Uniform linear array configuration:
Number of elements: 4
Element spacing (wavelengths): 1
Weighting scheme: kaiser
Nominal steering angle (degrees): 60
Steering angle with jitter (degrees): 58.249
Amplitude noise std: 0.05
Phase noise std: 0.05

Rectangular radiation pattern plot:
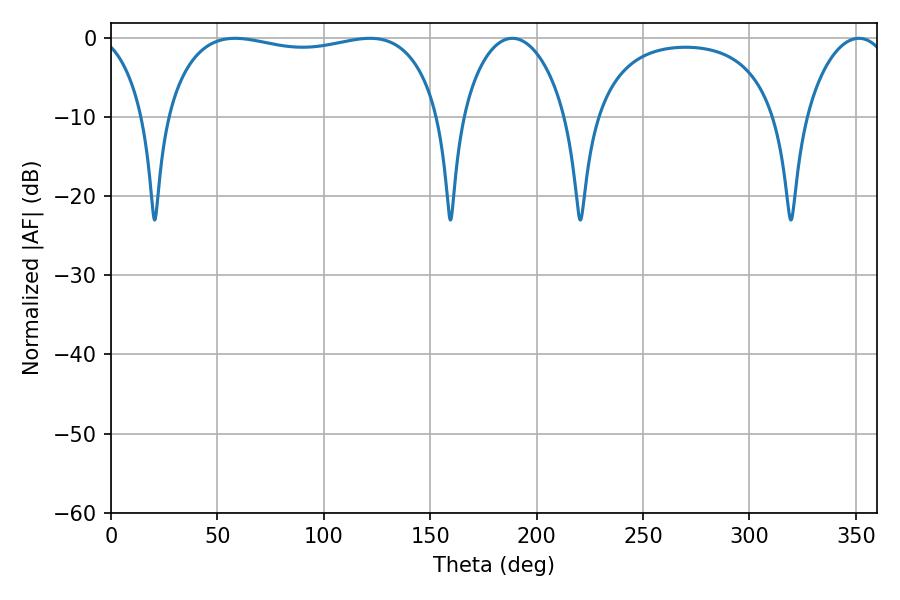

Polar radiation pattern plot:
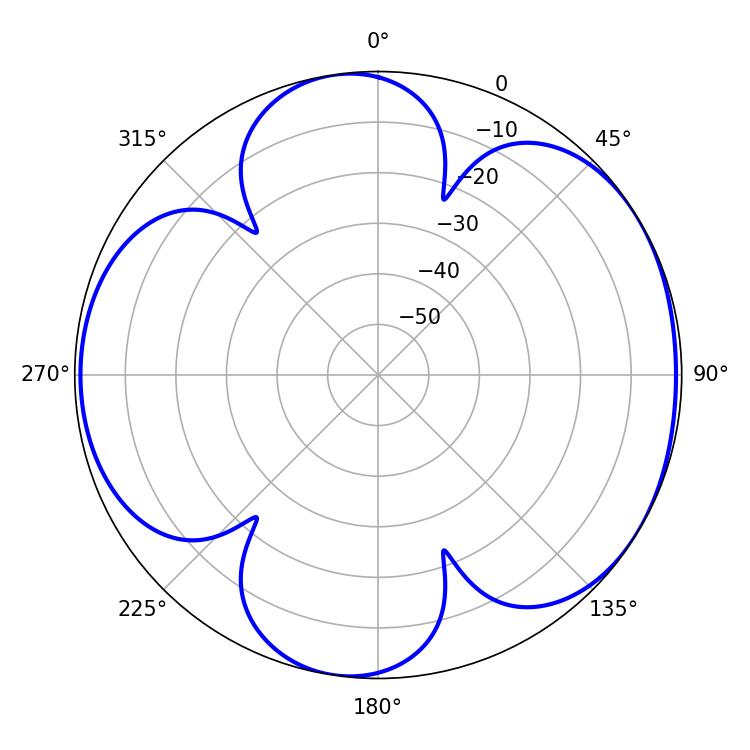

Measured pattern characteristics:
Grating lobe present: TRUE
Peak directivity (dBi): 5.579
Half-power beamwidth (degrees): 104.4
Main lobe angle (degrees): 58.32